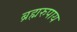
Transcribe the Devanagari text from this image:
ब्रह्मरुपाय